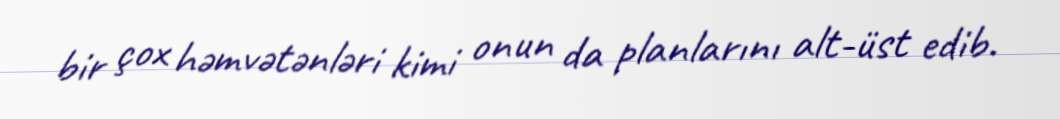
bir çox həmvətənləri kimi onun da planlarını alt-üst edib.